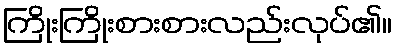
ကြိုးကြိုးစားစားလည်းလုပ်၏။